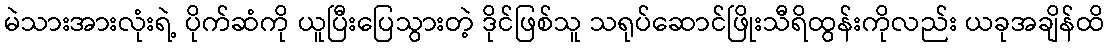
မဲသားအားလုံးရဲ့ ပိုက်ဆံကို ယူပြီးပြေသွားတဲ့ ဒိုင်ဖြစ်သူ သရုပ်ဆောင်ဖြိုးသီရိထွန်းကိုလည်း ယခုအချိန်ထိ